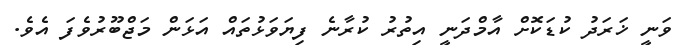
ވަނީ ޚަރަދު ކުޑަކޮށް އާމްދަނީ އިތުރު ކުރާނެ ފިޔަވަޅުތައް އަޅަން މަޖްބޫރުވެފަ އެވެ.